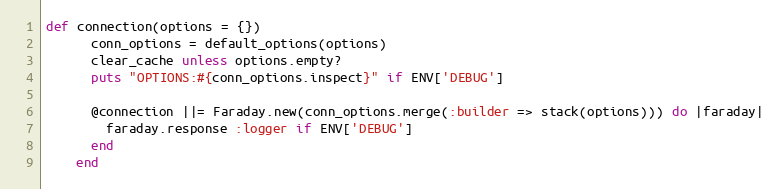
Language: Ruby
def connection(options = {})
      conn_options = default_options(options)
      clear_cache unless options.empty?
      puts "OPTIONS:#{conn_options.inspect}" if ENV['DEBUG']

      @connection ||= Faraday.new(conn_options.merge(:builder => stack(options))) do |faraday|
        faraday.response :logger if ENV['DEBUG']
      end
    end